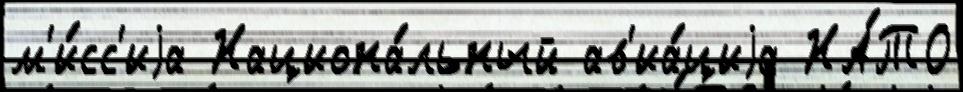
м'и́сс'иjа Национа́льный ав'иа́циjа НА́ТО